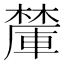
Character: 𪳽